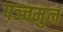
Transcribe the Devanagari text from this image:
पञ्चमुल